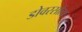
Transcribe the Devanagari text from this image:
डोवरसोला